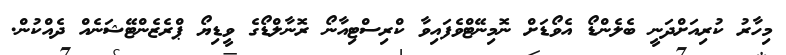
މިހާރު ކުރިއަށްދަނީ ބެލެންޑޯ އެވޯޑަށް ނޮމިނޭޓްވެފައިވާ ކްރިސްޓިއާނޯ ރޮނާލްޑޯގެ ވީޑިޔޯ ޕްރެޒެންޓޭޝަނެއް ދެއްކުން.